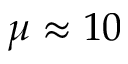
\mu \approx 1 0